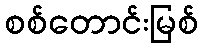
စစ်တောင်းမြစ်